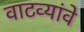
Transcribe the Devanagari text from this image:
वाटव्यांवे